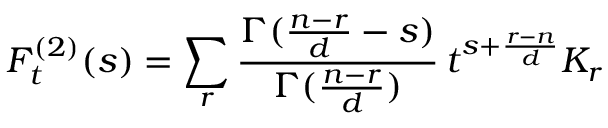
F _ { t } ^ { ( 2 ) } ( s ) = \sum _ { r } \frac { \Gamma ( \frac { n - r } { d } - s ) } { \Gamma ( \frac { n - r } { d } ) } \, t ^ { s + \frac { r - n } { d } } K _ { r }